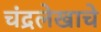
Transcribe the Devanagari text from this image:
चंद्रलेखाचे